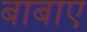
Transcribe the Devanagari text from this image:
बाबाए